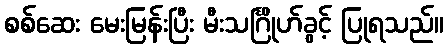
စစ်ဆေး မေးမြန်းပြီး မီးသင်္ဂြိုဟ်ခွင့် ပြုရသည်။